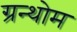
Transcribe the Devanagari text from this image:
ग्रन्थोम